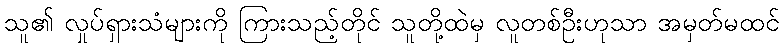
သူ၏ လှုပ်ရှားသံများကို ကြားသည့်တိုင် သူတို့ထဲမှ လူတစ်ဦးဟုသာ အမှတ်မထင်